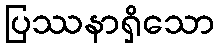
ပြဿနာရှိသော